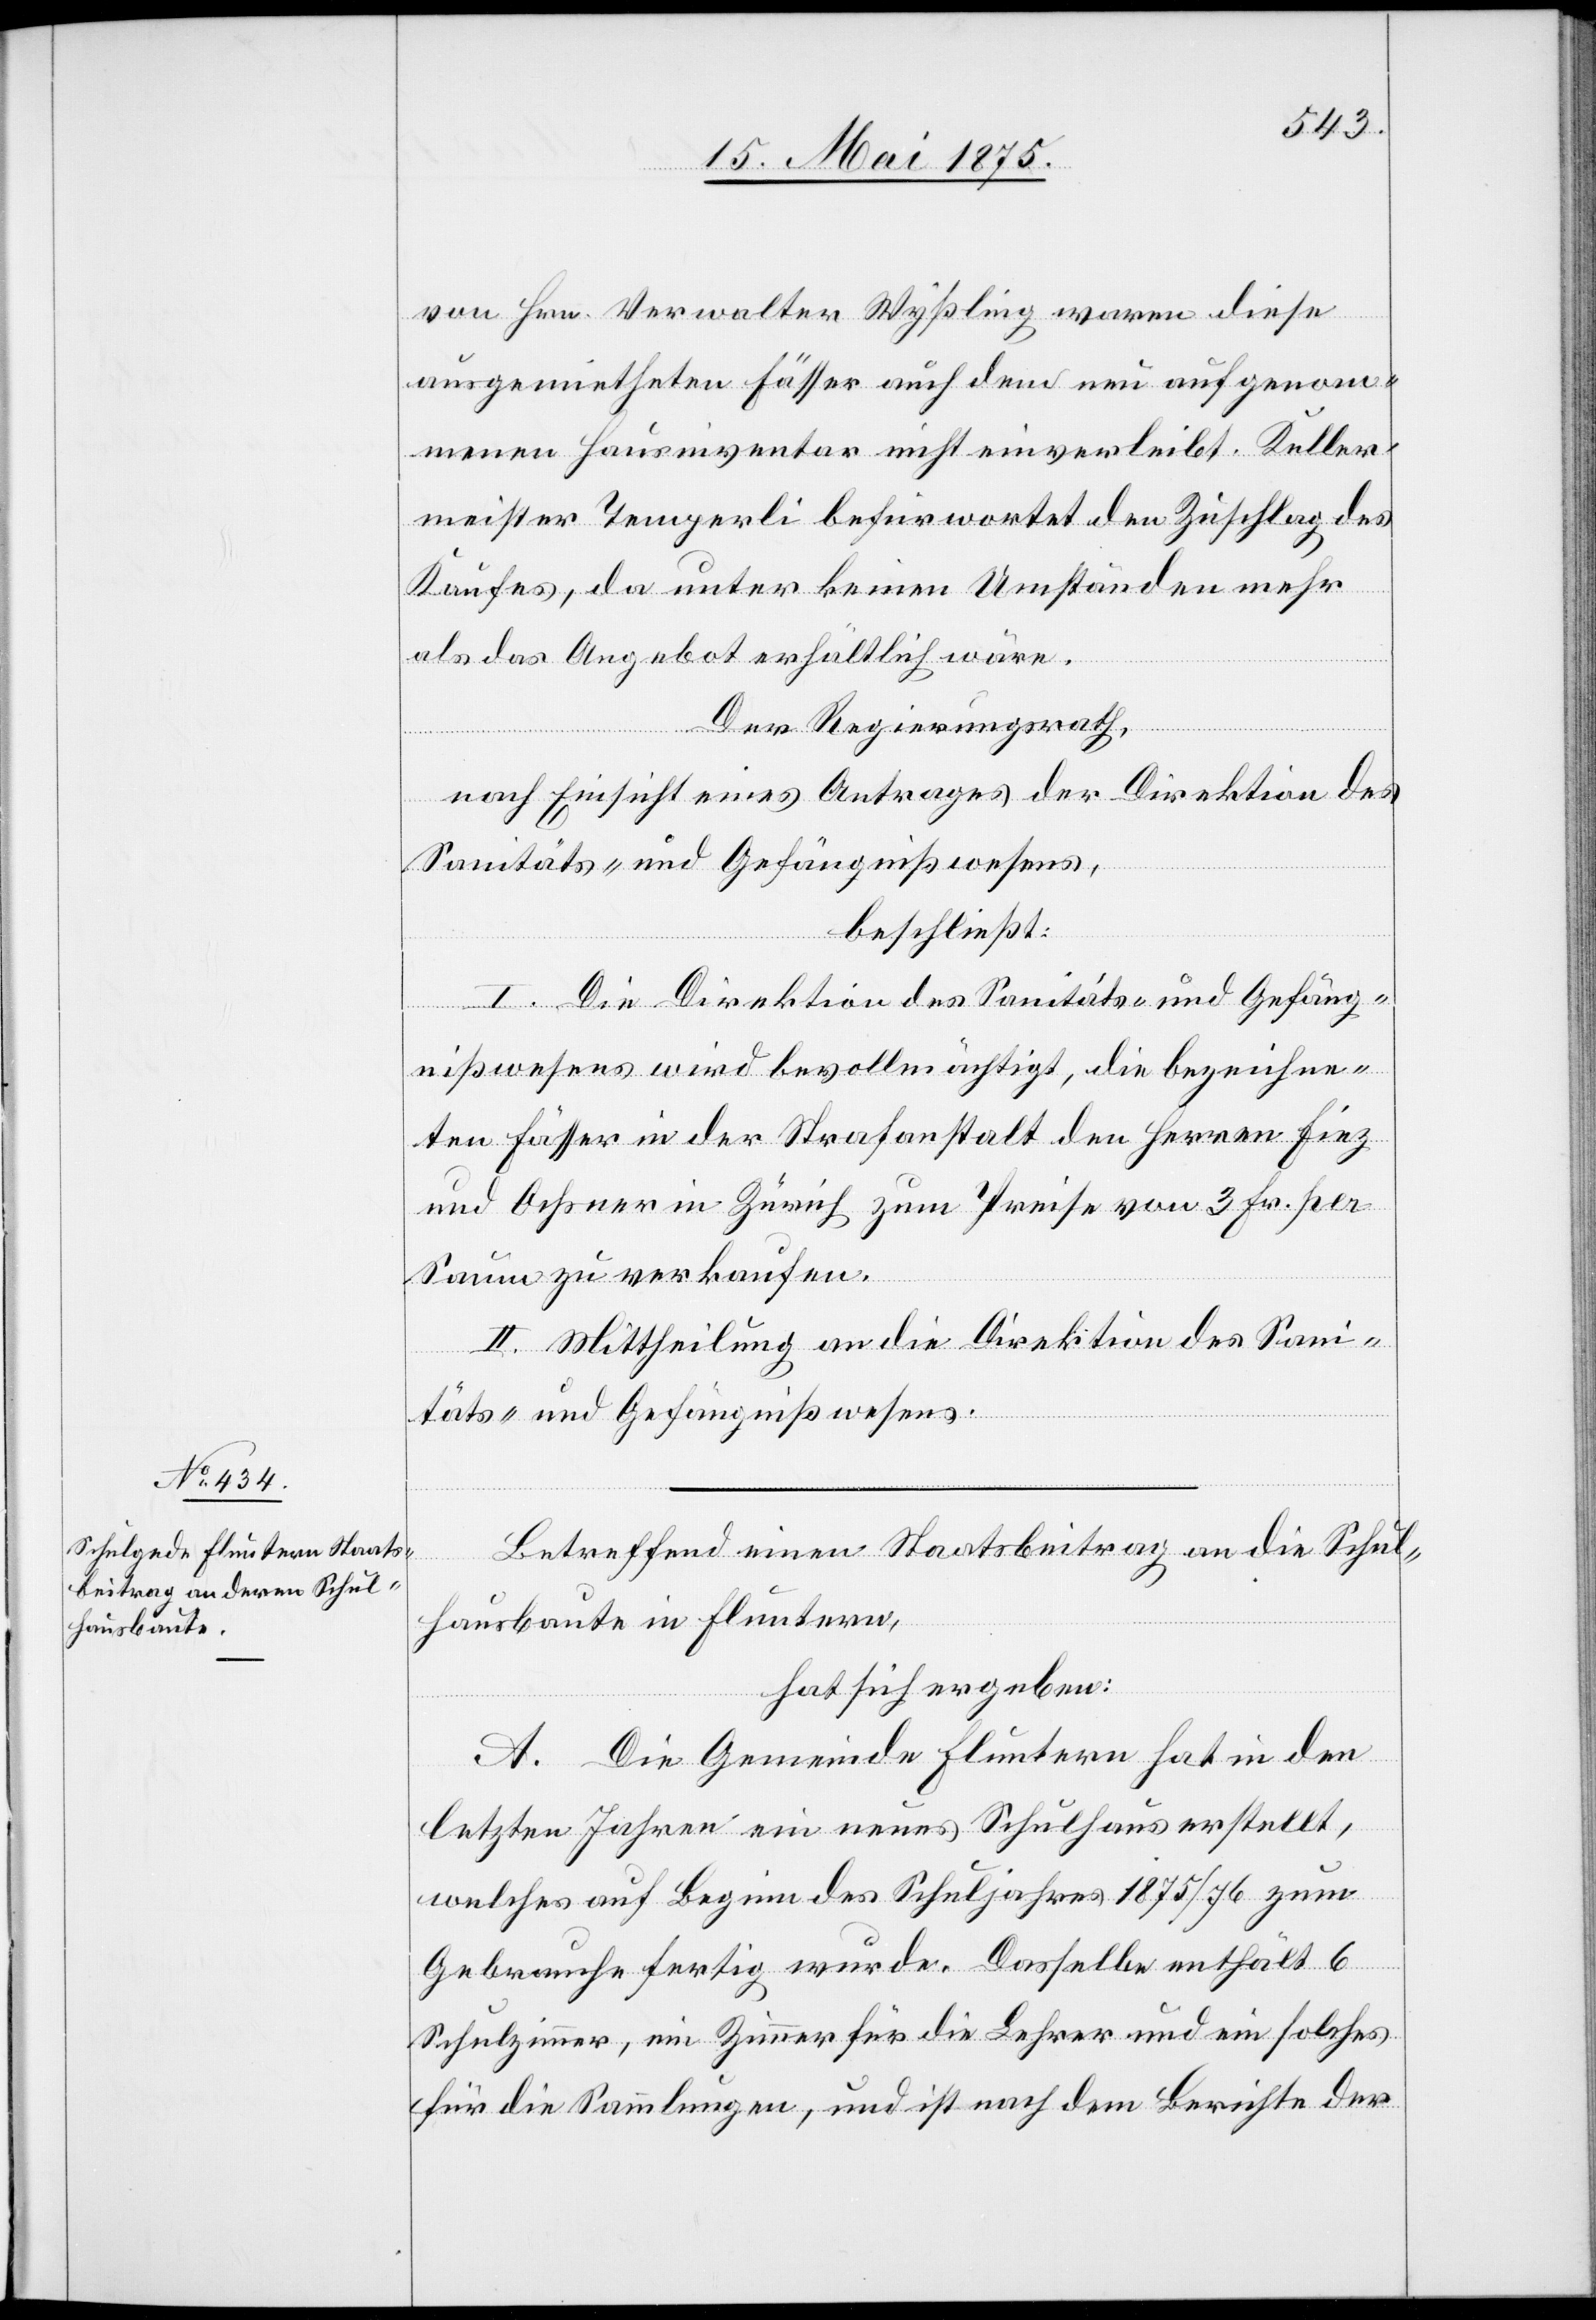
von Hrn. Verwalter Wyßling waren diese
ausgemietheten Fässer auch dem neu aufgenom¬
menen Hausinventar nicht einverleibt. Keller¬
meister Temperli befürwortet den Zuschlag des
Kaufes, da unter keinen Umständen mehr
als das Angebot erhältlich wäre.
Der Regierungsrath,
nach Einsicht eines Antrages der Direktion des
Sanitäts- und Gefängnißwesens,
beschließt:
I. Die Direktion des Sanitäts- und Gefäng¬
nißwesens wird bevollmächtigt, die bezeichne¬
ten Fässer in der Strafanstalt den Herren Fiez
und Ochsner in Zürich zum Preise von 3 Fr. per
Saum zu verkaufen.
II. Mittheilung an die Direktion des Sani¬
täts- und Gefängnißwesens.
Betreffend einen Staatsbeitrag an die Schul¬
hausbaute in Fluntern,
hat sich ergeben:
A. Die Gemeinde Fluntern hat in den
letzten Jahren ein neues Schulhaus erstellt,
welches auf Beginn des Schuljahres 1875/76 zum
Gebrauche fertig wurde. Dasselbe enthält 6
Schulzimmer, ein Zimmer für die Lehrer und ein solches
für die Sammlungen, und ist nach dem Berichte der